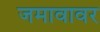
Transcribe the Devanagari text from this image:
जमावावर